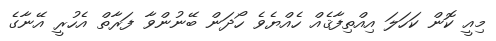
މިއީ ކޮން ކަހަލަ އިއްތިފާޤެއް ހެއްޔެވެ ހޯދަން ބޭނުންވާ ފަރާތް އެހުރީ އޭނާގެ